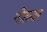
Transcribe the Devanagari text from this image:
गींतावर